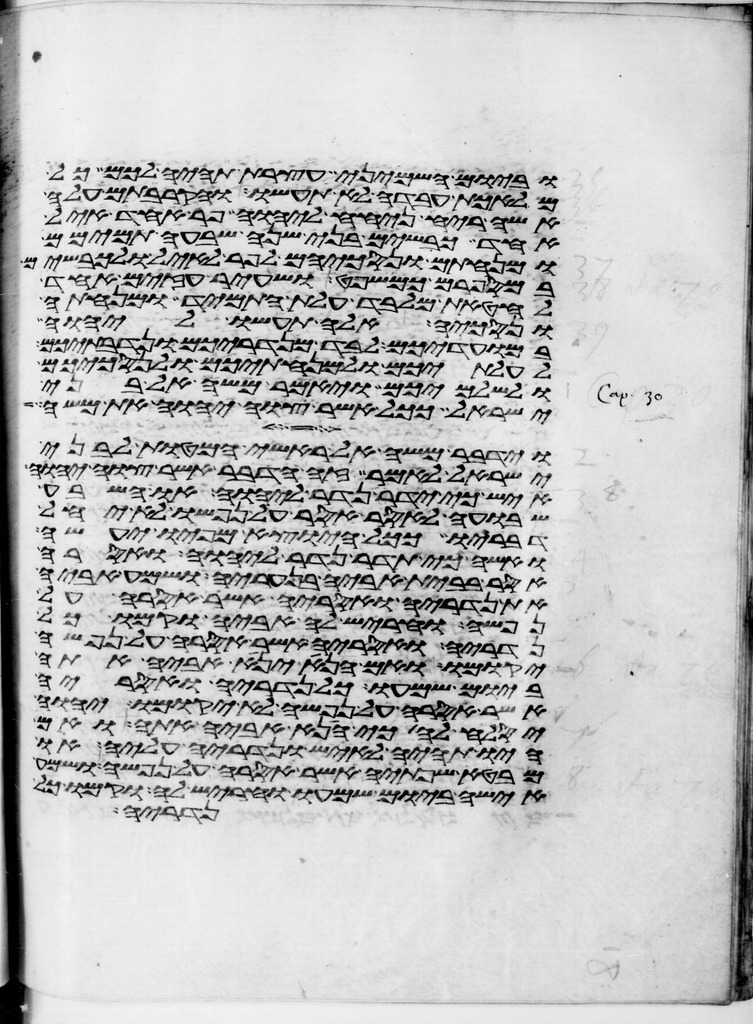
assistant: וביום השמיני עצרת תהיה לכם כל
מלאכת עבדה לא תעשו והקרבתם עלה
אשה ריח ניחח ליהוה פר אחד איל
אחד כבשים בני שנה שבעה תמימם
ומנחתם ונסכיהם לפר לאיל ולכבשים
במספרם כמשפט ושעיר עזים אחד
לחטאת מלבד עלת התמיד ומנחתה
ונסכיה אלה תעשו ליהוה
במועדיכם לבד מנדריכם ונדבתיכם
לעלתיכם ולמנחתיכם ולנסכיכם
ולשלמיכם ויאמר משה אל בני
ישראל ככל אשר צוה יהוה את משה
וידבר משה אל ראשי המטות לבני
ישראל לאמר זה הדבר אשר צוה יהוה
איש כי ידר נדר ליהוה או השבע
שבועה לאסר אסר על נפשו לא יחל
דבריו ככל היוצא מפיו יעשה
ואשה כי תדר נדר ליהוה ואסרה
אסר בבית אביה בנעריה ושמע אביה
את נדריה ואסריה אשר אסרה על
נפשה והחריש לה אביה וקמו כל
נדריה ואסריה אשר אסרה על נפשה
יקומו ואם הנא יניא אביה אתה
ביום שמעו כל נדריה ואסריה
אשר אסרה על נפשה לא יקומו ויהוה
יסלח לה כי הניא אביה אתה ואם
היו תהיה לאיש ונדריה עליה או
מבטא שפתיה אשר אסרה על נפשה ושמע
אישה ביום שמעו וחריש לה וקמו כל
נדריה